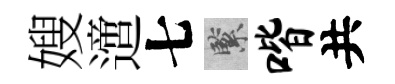
嫂𨗁七緊喈共